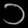
Digit: ၁